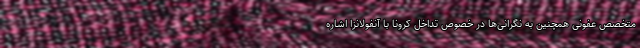
متخصص عفونی همچنین به نگرانی‌ها در خصوص تداخل کرونا با آنفولانزا اشاره